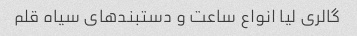
گالری لیا انواع ساعت و دستبندهای سیاه قلم